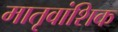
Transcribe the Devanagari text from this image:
मातृवांशिक